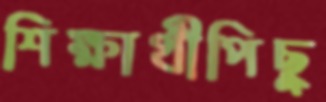
শিক্ষার্থীপিছু